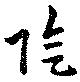
臨